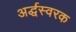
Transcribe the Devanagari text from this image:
अर्द्धस्वरक